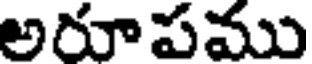
అరూపము